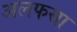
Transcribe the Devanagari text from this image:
अलफसा